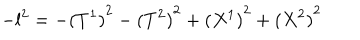
- l ^ { 2 } = - { ( T ^ { 1 } ) } ^ { 2 } - { ( T ^ { 2 } ) } ^ { 2 } + { ( X ^ { 1 } ) } ^ { 2 } + { ( X ^ { 2 } ) } ^ { 2 }